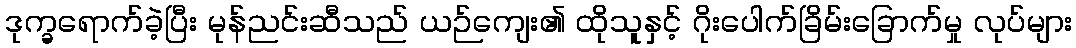
ဒုက္ခရောက်ခဲ့ပြီး မုန်ညင်းဆီသည် ယဉ်ကျေး၏ ထိုသူနှင့် ဂိုးပေါက်ခြိမ်းခြောက်မှု လုပ်များ